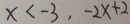
x < - 3 , - 2 x + 2